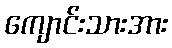
ကျောင်းသားအား